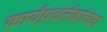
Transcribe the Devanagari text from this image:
कार्यप्रवर्तकांच्या